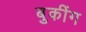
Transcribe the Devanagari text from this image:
बुकींग